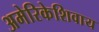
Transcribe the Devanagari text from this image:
अमेरिकेशिवाय